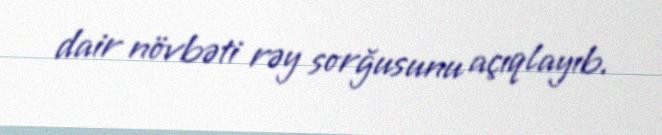
dair növbəti rəy sorğusunu açıqlayıb.